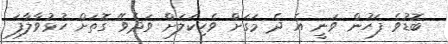
ބޮޑުވެ ފަހުން ވަނީ އެ ދެ މަގަށް ވެހިކަލަށް ވަދެވޭ ގޮތަށް ހުޅުވާލާފަ